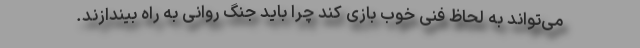
می‌تواند به لحاظ فنی خوب بازی کند چرا باید جنگ روانی به راه بیندازند.